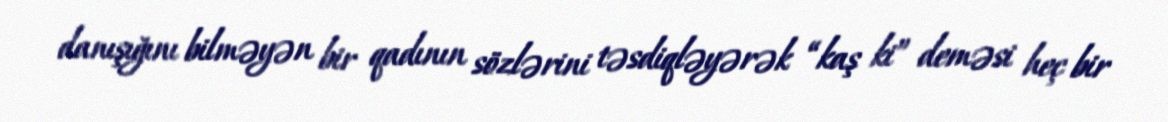
danışığını bilməyən bir qadının sözlərini təsdiqləyərək “kaş ki” deməsi heç bir